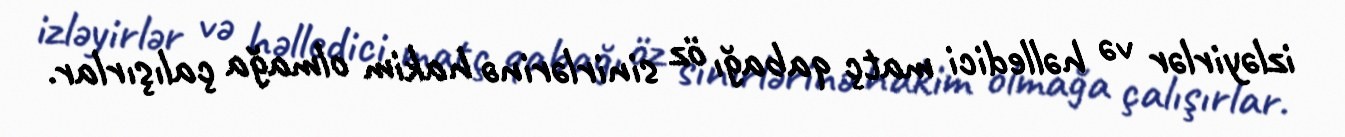
izləyirlər və həlledici matç qabağı öz sinirlərinə hakim olmağa çalışırlar.